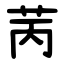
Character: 苪